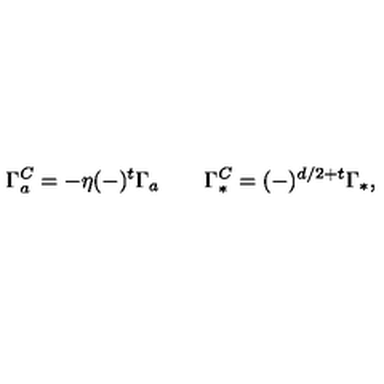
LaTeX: \Gamma _ { a } ^ { C } = - \eta ( - ) ^ { t } \Gamma _ { a } \qquad \Gamma _ { * } ^ { C } = ( - ) ^ { d / 2 + t } \Gamma _ { * } ,